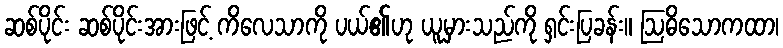
ဆစ်ပိုင်း ဆစ်ပိုင်းအားဖြင့် ကိလေသာကို ပယ်၏ဟု ယူမှားသည်ကို ရှင်းပြခန်း။ ဩဓိသောကထာ၊